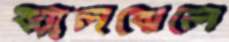
ঝ্যালঝেলে